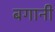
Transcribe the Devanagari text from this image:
बगानी